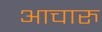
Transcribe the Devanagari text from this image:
आचारु